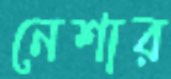
নেশার